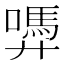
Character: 𭚜